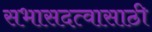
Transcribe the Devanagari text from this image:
सभासदत्वासाठी